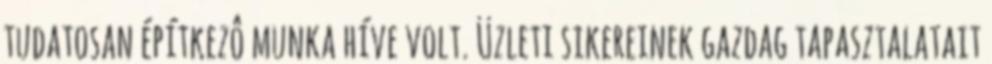
tudatosan építkezô munka híve volt. Üzleti sikereinek gazdag tapasztalatait